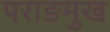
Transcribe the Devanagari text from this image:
पराङमुख